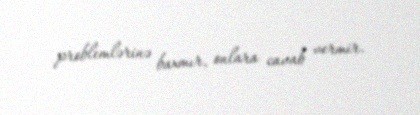
problemlərinə baxmır, onlara cavab vermir.